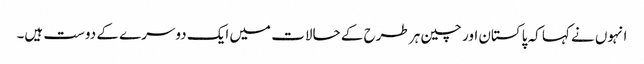
انہوں نے کہا کہ پاکستان اور چین ہر طرح کے حالات میں ایک دوسرے کے دوست ہیں۔